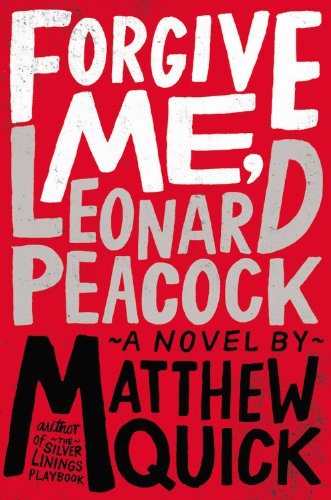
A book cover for Forgive Me, Leonard Peacock; Matthew Quick; Teen & Young Adult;